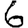
Digit: 6